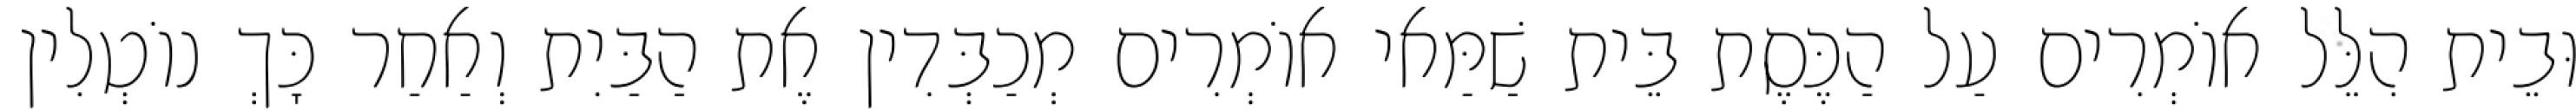
וּבֵית הִלֵּל אוֹמְרִים עַל הַכֶּסֶת בֵּית שַׁמַּאי אוֹמְרִים מְכַבְּדִין אֶת הַבַּיִת וְאַחַר כָּךְ נוֹטְלִין